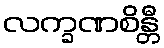
လက္ခဏစိန္တီ